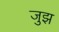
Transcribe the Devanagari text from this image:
जुझ